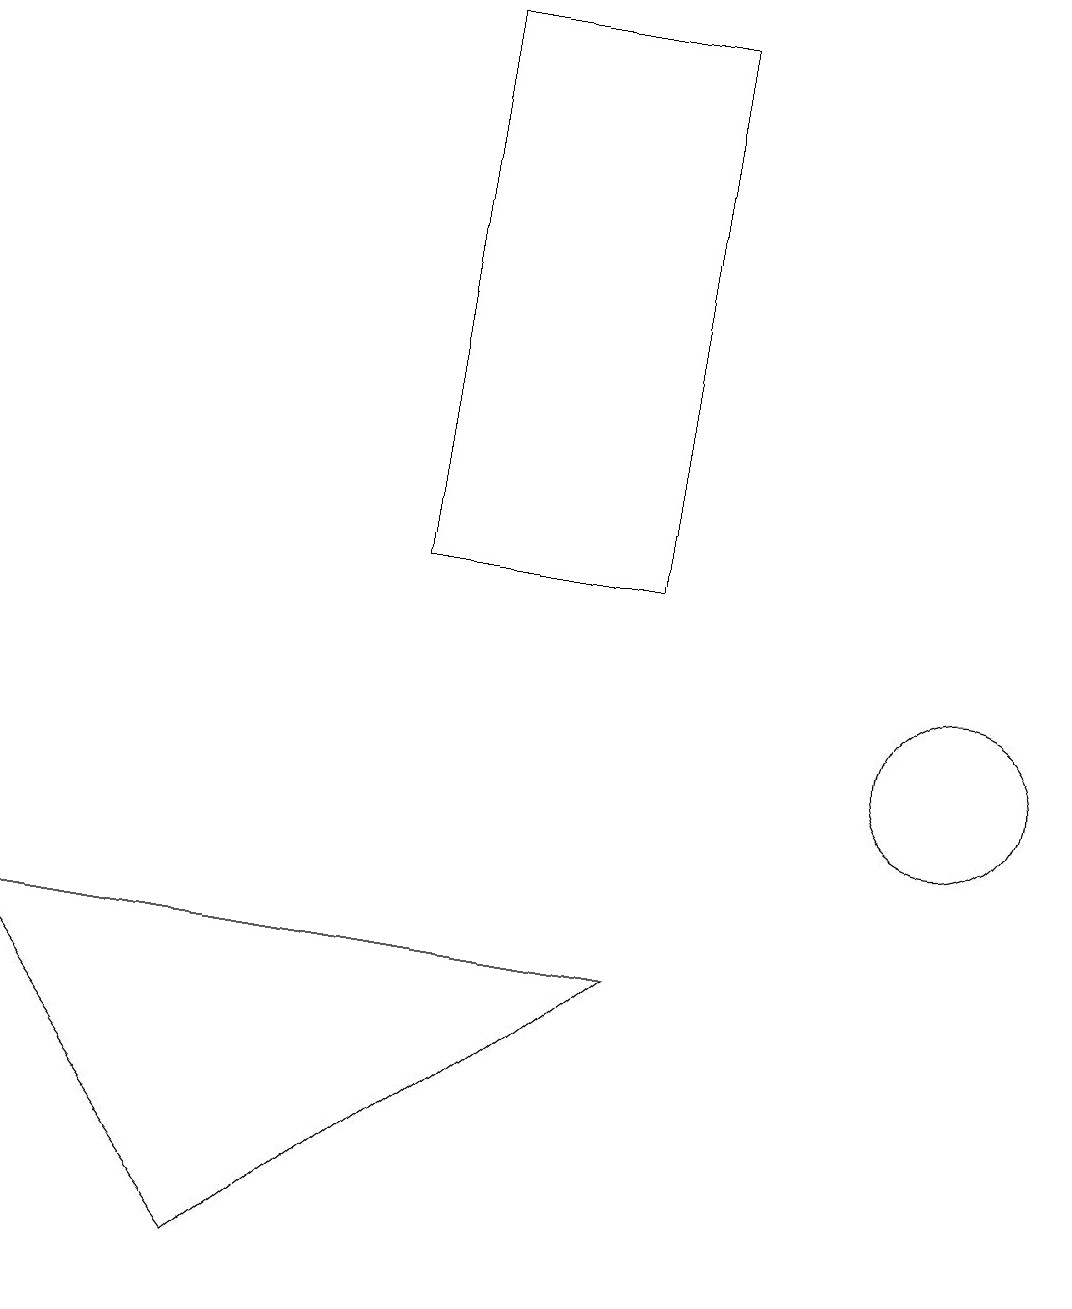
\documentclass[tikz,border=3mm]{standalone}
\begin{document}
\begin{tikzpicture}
\draw (5,19) rectangle (8,12);
\draw (8,7) -- (0,7) -- (3,3) -- cycle;
\draw (12,10) circle (1);
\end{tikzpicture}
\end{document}